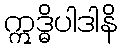
ဣဒ္ဓိပါဒါနိ